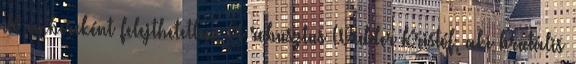
dő embereként felejthetetlen, A robusztus Widder Kristóf, aki brutális